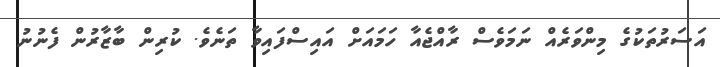
އަސަރުތަކުގެ މިންވަރެއް ނަމަވެސް ރާއްޖެއާ ހަމައަށް އައިސްފައިވާ ތަނެވެ. ކުރިން ބާޒާރުން ފެނުނު